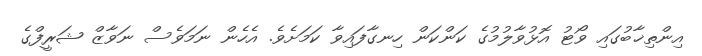
އިންތިޚާބުގައި ވޯޓު އޮޅުވާލުމުގެ ކަންކަން ހިނގާފައިވާ ކަމަށެވެ. އެހެން ނަމަވެސް ނަވާޒް ޝަރީފްގެ